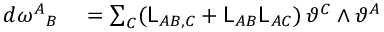
\begin{array} { r l } { d \omega ^ { A } { } _ { B } } & { { } = \sum _ { C } ( \mathsf { L } _ { A B , C } + \mathsf { L } _ { A B } \mathsf { L } _ { A C } ) \, \vartheta ^ { C } \wedge \vartheta ^ { A } } \end{array}